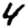
Digit: 4